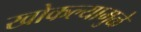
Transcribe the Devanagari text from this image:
खोकल्यामुळे